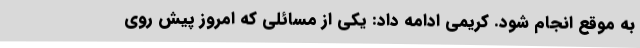
به موقع انجام شود. کریمی ادامه داد: یکی از مسائلی که امروز پیش روی